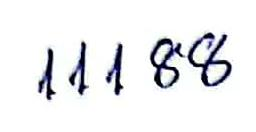
11188